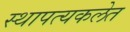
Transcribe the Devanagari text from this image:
स्थापत्यकलेत